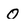
Character: O